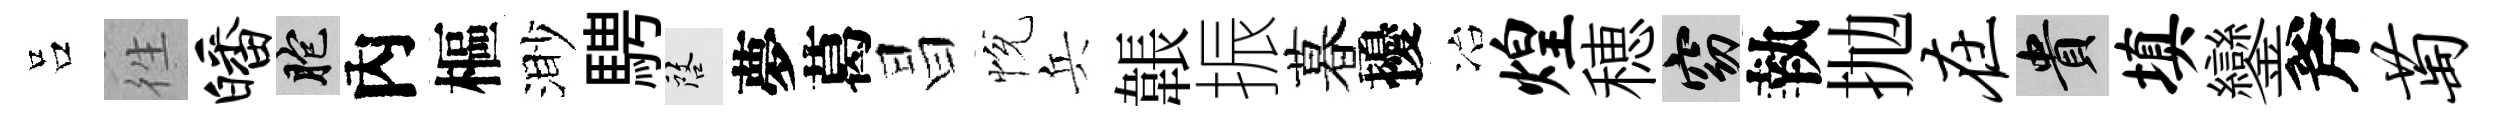
吕徃皤胞內樞渺騁啓夢葛昌恱兵韔振暮擾冶煌穂窈執抛在貴填鑾斧萄